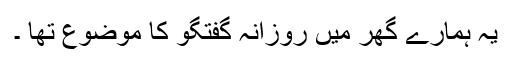
یہ ہمارے گھر میں روزانہ گفتگو کا موضوع تھا ۔